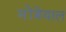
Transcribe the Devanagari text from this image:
मोंत्रेयाल